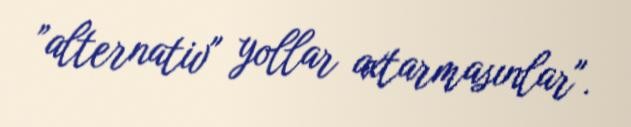
”alternativ" yollar axtarmasınlar".